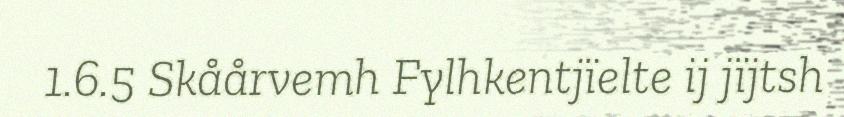
1.6.5 Skåårvemh Fylhkentjïelte ij jïjtsh